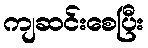
ကျဆင်းစေပြီး